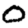
Digit: 0